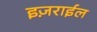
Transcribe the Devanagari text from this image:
इज़राईल